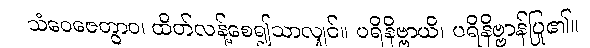
သံဝေဇေတွာဝ၊ ထိတ်လန့်စေ၍သာလျှင်။ ပရိနိဗ္ဗာယိ၊ ပရိနိဗ္ဗာန်ပြု၏။